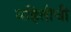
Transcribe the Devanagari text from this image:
महितीची